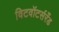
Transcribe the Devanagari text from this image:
विटवॉटर्सरँड